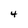
Character: 4